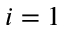
i = 1